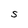
Character: S